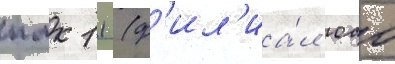
пмк 11 (ф'ил'иа́л оао